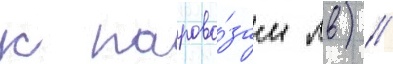
к парово́зам лв) //